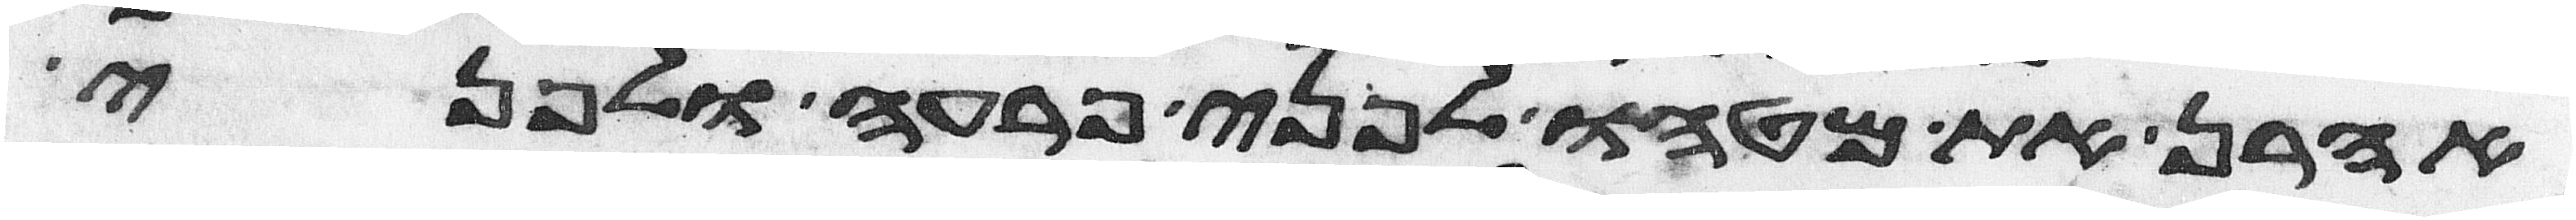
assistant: אהרן את מטהו לפני פרעה ולפני